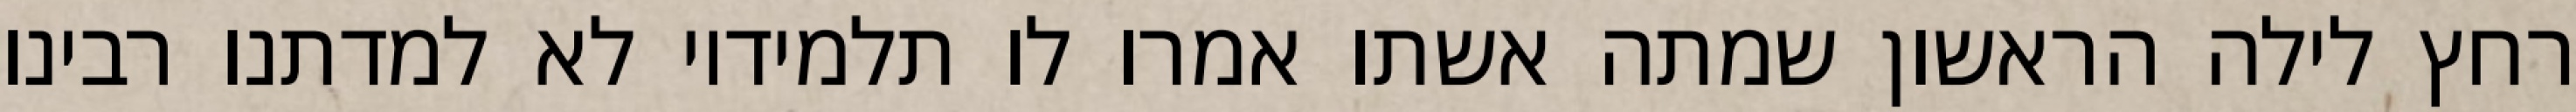
רחץ לילה הראשון שמתה אשתו אמרו לו תלמידיו לא למדתנו רבינו